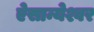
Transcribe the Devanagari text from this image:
ऐसान्येश्वर